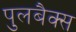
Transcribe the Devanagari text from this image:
पुलबैक्स